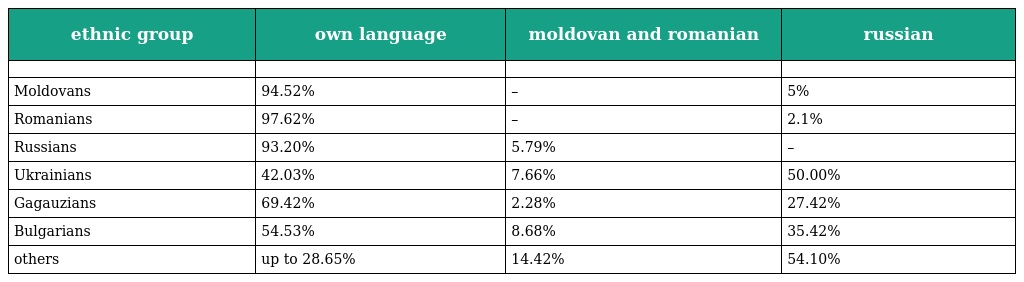
| ethnic group | own language | moldovan and romanian | russian |
 | --- | --- | --- | --- |
 |  |  |  |  |
 | Moldovans | 94.52% | – | 5% |
 | Romanians | 97.62% | – | 2.1% |
 | Russians | 93.20% | 5.79% | – |
 | Ukrainians | 42.03% | 7.66% | 50.00% |
 | Gagauzians | 69.42% | 2.28% | 27.42% |
 | Bulgarians | 54.53% | 8.68% | 35.42% |
 | others | up to 28.65% | 14.42% | 54.10% |